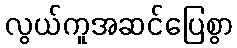
လွယ်ကူအဆင်ပြေစွာ